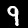
Label: 9